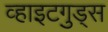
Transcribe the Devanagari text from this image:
व्हाइटगुड्स